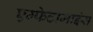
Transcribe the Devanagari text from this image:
एम्फेटामाइंस